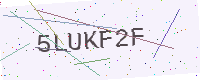
Text: 5LUKF2F